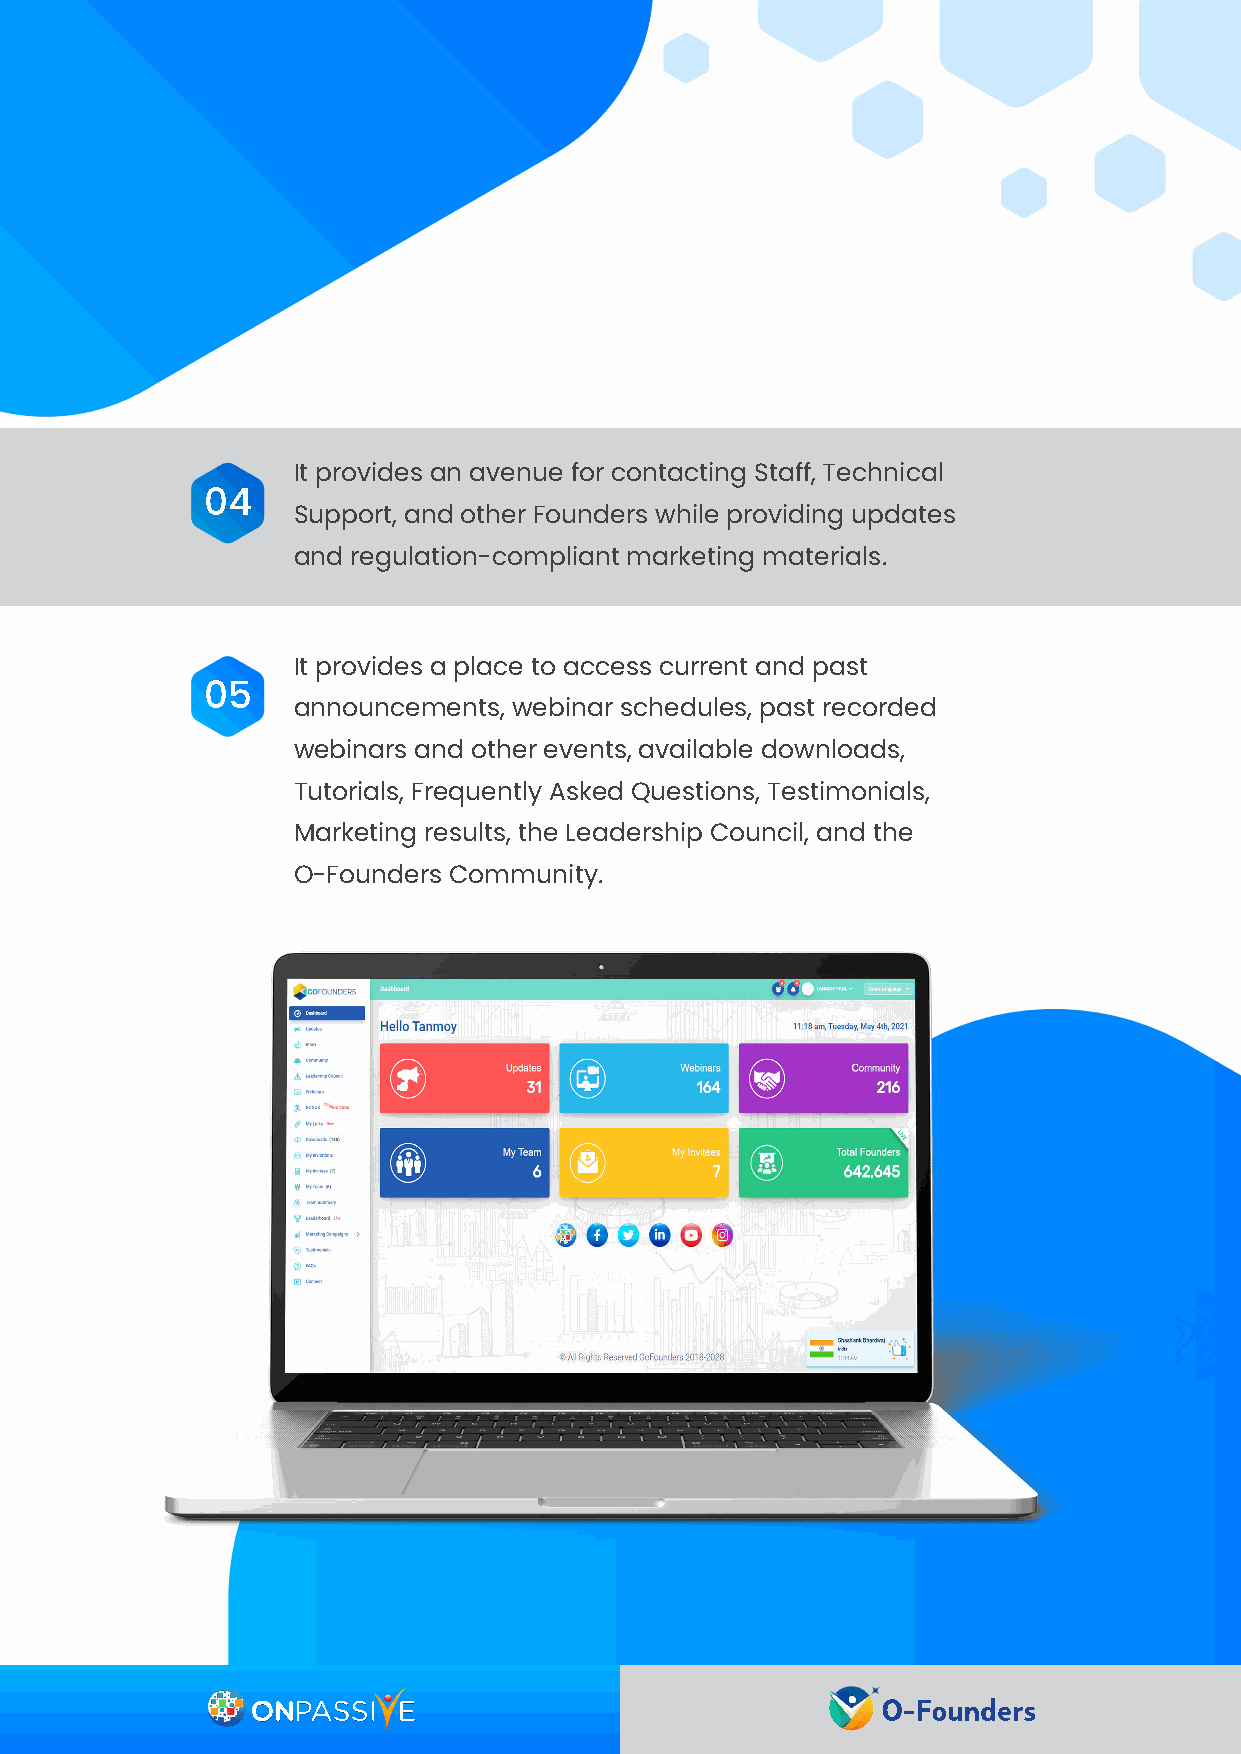
It provides an avenue for contacting Staff, Technical
 04
 Support, and other Founders while providing updates
 and regulation-compliant marketing materials.
 It provides a place to access current and past
 05
 announcements, webinar schedules, past recorded
 webinars and other events, available downloads,
 Tutorials, Frequently Asked Questions, Testimonials,
 Marketing results, the Leadership Council, and the
 O-Founders Community.